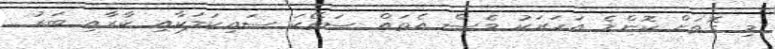
މި ގޮތަށް ކޮންމެ އަހަރަކު ވެސް އެތައް ސަތޭކަ ސައިކަލަކާއި ކާރާއި ބަރު